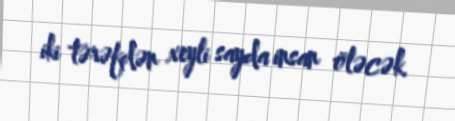
iki tərəfdən xeyli sayda insan öləcək.